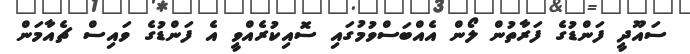
ސައޫދީ ފަންޑުގެ ފަރާތުން ލޯން އެއްބަސްވުމުގައި ސޮއިކުރެއްވީ އެ ފަންޑުގެ ވައިސް ޗެއާމަން